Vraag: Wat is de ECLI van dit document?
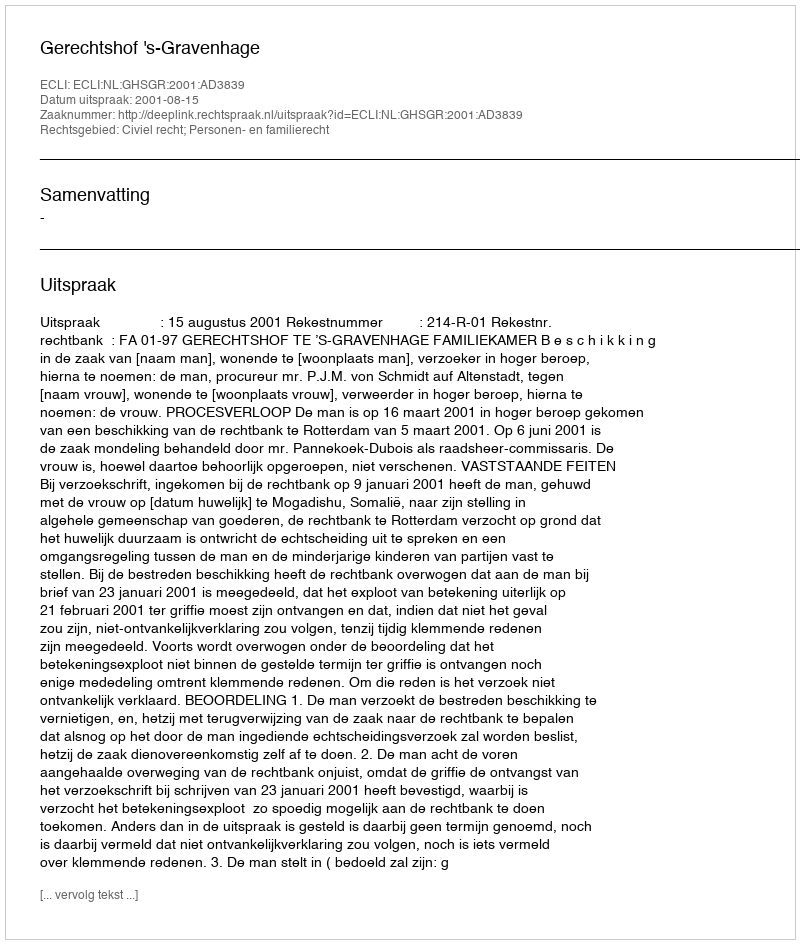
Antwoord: ECLI:NL:GHSGR:2001:AD3839